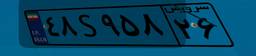
۴۸S۹۵۸۲۶